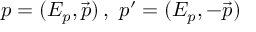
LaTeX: p = ( E _ { p } , \vec { p } ) \, , \, \, p ^ { \prime } = ( E _ { p } , - \vec { p } )